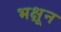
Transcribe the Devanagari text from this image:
भक्षून